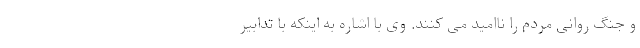
و جنگ روانی مردم را ناامید می کنند. وی با اشاره به اینکه با تدابیر